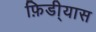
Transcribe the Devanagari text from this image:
फ़िडी्यास